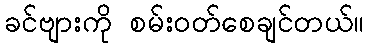
ခင်ဗျားကို စမ်းဝတ်စေချင်တယ်။